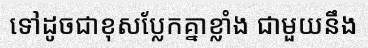
ទៅដូចជាខុសប្លែកគ្នាខ្លាំង ជាមួយនឹង